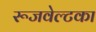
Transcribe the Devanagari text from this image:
रूजवेल्टका